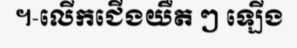
។-លើកជើងយឺត ៗ ឡើង